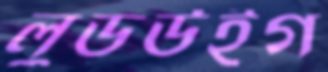
লুডউইগ